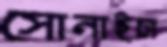
সোনাইচা